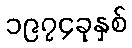
၁၉၇၄ခုနှစ်